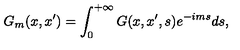
G _ { m } ( x , x ^ { \prime } ) = \int _ { 0 } ^ { + \infty } G ( x , x ^ { \prime } , s ) e ^ { - i m s } d s ,